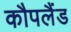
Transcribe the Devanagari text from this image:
कौपलैंड